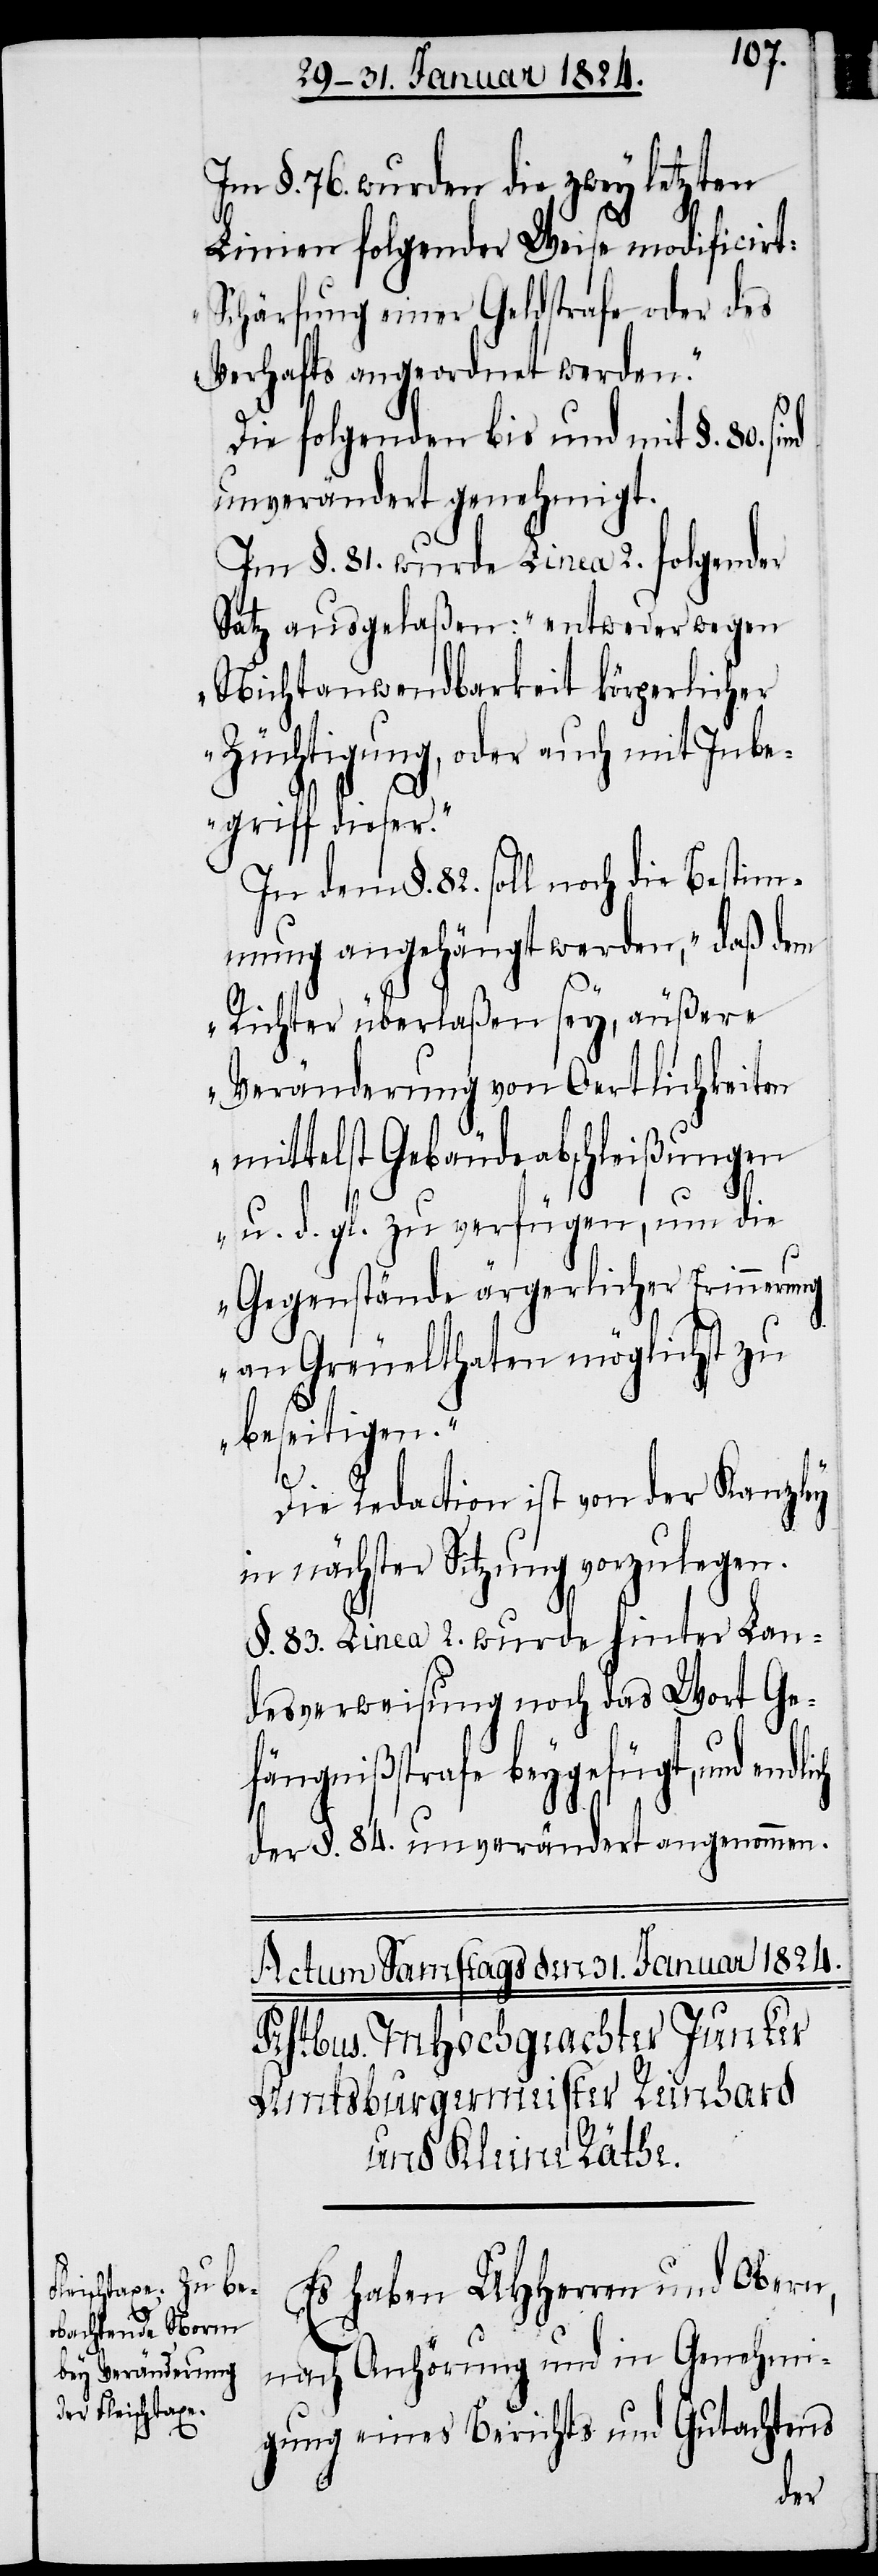
Im §. 76. wurden die zwey letzten
Linien folgender Weise modificirt:
„Schärfung einer Geldstrafe oder des
Verhalts angeordnet werden.“
Die folgenden bis und mit §. 80.
unverändert genehmigt.
Im §. 81. wurde Linea 2. folgender
Satz ausgelaßen: „entweder wegen
Nichtanwendbarkeit körperlicher
Züchtigung, oder auch mit Inbe¬
griff dieser.“
In dem §. 82. soll noch die Bestim¬
mung angehängt werden, „daß dem
Richter überlaßen sey, äußere
Veränderung von Oertlichkeiten
mittelst Gebäudeabschleißungen
u. d. gl. zu verfügen, um die
Gegenstände ärgerlicher Erinnerung
an Greuelthaten möglichst zu
beseitigen.“
Die Redaction ist von der Kanzley
in nächster Sitzung vorzulegen.
§. 83. Linea 2. wurde hinter Lan¬
desverweisung noch das Wort Ge¬
fängnißstrafe beygefügt, und
der §. 84. unverändert angenommen.
Es haben UHHerren und Obern,
nach Anhörung und in Genehmi¬
gung eines Berichts und Gutachtens